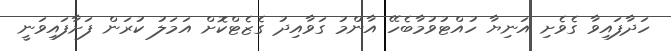
ހަދާފައިވާ ގެވެށި އަނިޔާ ހުއްޓުވުމާބެހޭ އާންމު ގަވާއިދު ގެޒެޓްކޮށް އަމަލު ކުރަން ފަށާފައިވަނީ